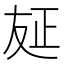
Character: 𠭅